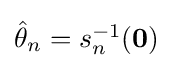
{\textstyle {\hat {\theta }}_{n}=s_{n}^{-1}(\mathbf {0} )}